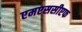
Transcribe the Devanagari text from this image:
एमएससीएफ